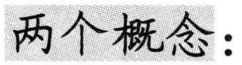
两个概念：